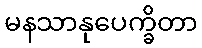
မနသာနုပေက္ခိတာ